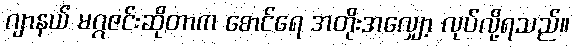
ဂျာနယ် မဂ္ဂဇင်းဆိုတာက စောင်ရေ အတိုးအလျှော့ လုပ်လို့ရသည်။